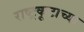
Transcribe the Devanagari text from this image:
राष्ट्रकूटाच्या